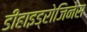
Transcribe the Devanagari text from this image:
डीहाइड्रोजिनेस